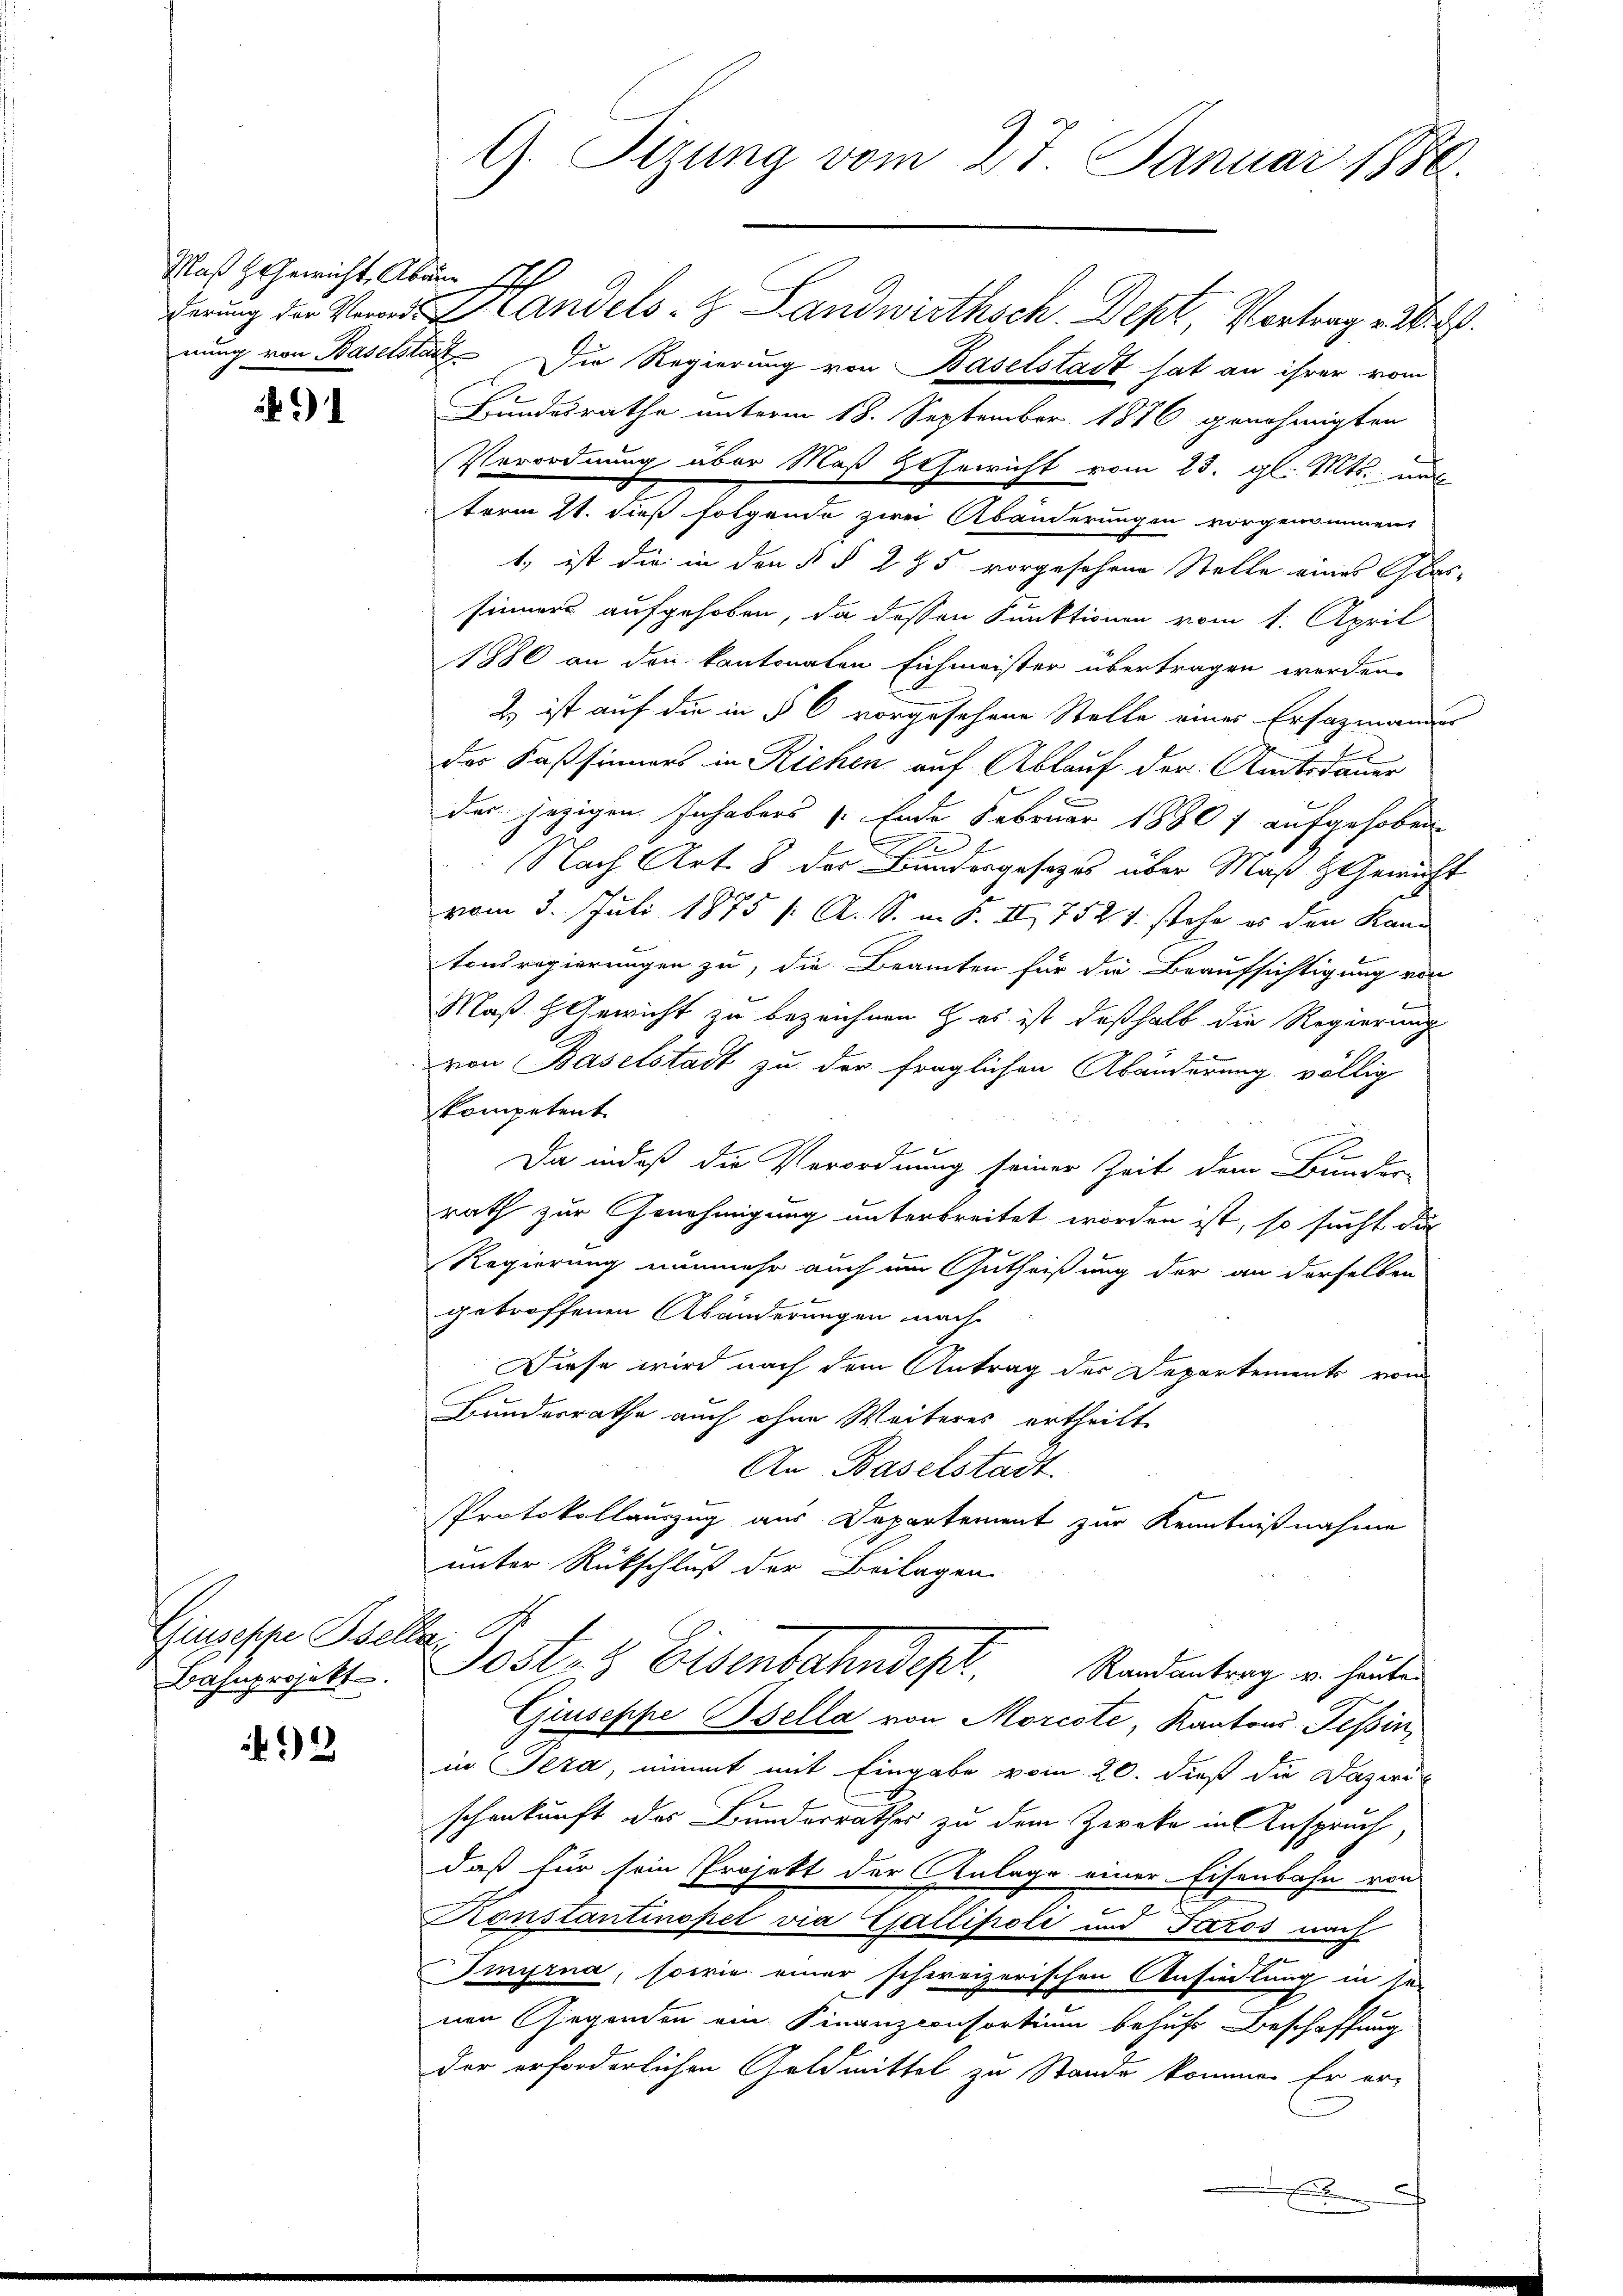
Maß Herricht, Abann

Giuseppe Bsellar,
Bahnprojekt.

2

G. Tizung vom 27. Januar 1886.

derung der Handels- & Landwirthsch. Dept, Vortrag v. M.
nung von Baselstadt. Die Regierung von Baselstadt hat an ihrer vom
Bundesrathe unterm 18. September 1876 genehmigten
Verordnung über Maß Itherricht vom 23. gl. Mts. und
term 11. dieß folgende zwei Abänderungen vorgenommen
1. ist die in den § § 2 & 5 vorgesehene Stelle eines Glas-
sinners aufgehoben, da dessen Funktionen vom 1. April
1886 an den kantonalen Eichmeister übertragen werden.
2) ist auf die in § 6 vorgesehene Stelle einer Ersazmannes
des Faßsinners in Richen auf Ablauf der Amtsdauer
2
das jezigen Inhabers (Ende Februar 18907 aufgehoben
Nach Art. 8 der Bundesgesezes über Maß & Gewicht
vom 3. Juli 1875 /: A. S. m. S. II. 752 J. stehe es den Kand
tonsregierungen zu, die Beamten für die Beaufsichtigung von
Maß. H. Gewicht zu bezeichnen & es ist deßhalb die Regierung
von Baselstadt zu der fraglichen Abänderung völlig
kompetent

E
Da indeß die Verordnung seiner Zeit dem Bunder-
rath zur Genehmigung unterbreitet worden ist, so sucht dur
Regierung nunmehr auch um Gutheißung der an derselben
getroffenen Abänderungen mache
Diese wird nach dem Antrag der Departements vom
Bundesrathe auch ohne Weiteres ertheilt.
An Baselstadt
PProtokollauszug aus Departement zur Kenntnißnahme
unter Rückschluß der Beilagen
Posten Eisenbahndept. Standentrag u. heuten
Giuseppe Bsella von Morcote, Kantons Tessin,
in Tera, nimmt mit Eingabe vom 20. dieß die Dazwis
E
schenkunft des Bunderrathes zu dem Zweke in Anspruch
daß für sein Projekt der Anlage einer Eisenbahn von
Konstantinopet via Gallifioli und Fros nach
Tinyrna, sowie einer schweizerischen Ansiedlung in der
nen Gegenden ein Finanzconsortium behufs Beschaffung
der erforderlichen Geldmittel zu Stande kommen Er er¬